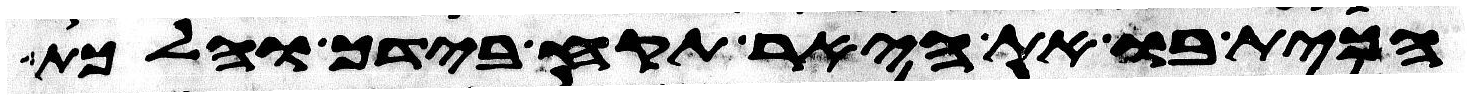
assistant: הכית בו את היאר תקח בידך והלכת